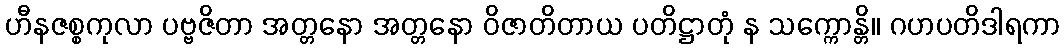
ဟီနဇစ္စကုလာ ပဗ္ဗဇိတာ အတ္တနော အတ္တနော ဝိဇာတိတာယ ပတိဋ္ဌာတုံ န သက္ကောန္တိ။ ဂဟပတိဒါရကာ